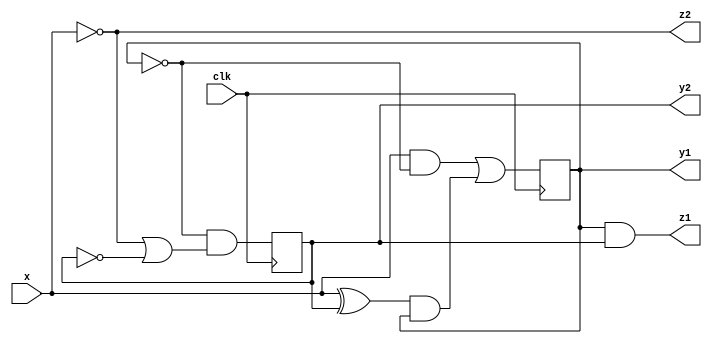
// behavioral Verilog model for the logic circuit in Problem 5 based on state diagram

module behavioral(clk, x, y1, y2, z1, z2);

    input clk, x;
    output reg y1, y2, z1, z2;
    
    reg y1_next, y2_next;

    always @(posedge clk) begin
        y1 <= y1_next; 
        y2 <= y2_next; 
    end

    always @(x) begin
        y1_next <= (x&(!y1)) | ((x^y2)&y1);
        y2_next <= (!y1) & ((!x) | (!y2));
        z1 <= y1&y2;
        z2 <= !x;
    end

endmodule